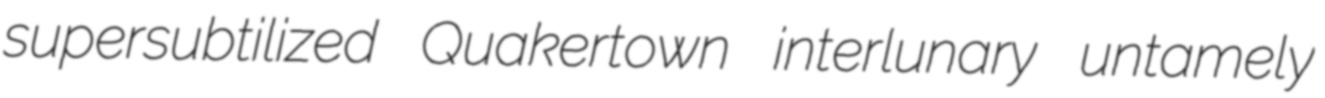
supersubtilized Quakertown interlunary untamely